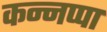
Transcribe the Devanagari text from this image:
कन्नप्पा